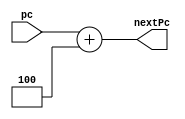
`timescale 1ns / 1ps
//////////////////////////////////////////////////////////////////////////////////
// Company: 
// Engineer: 
// 
// Design Name: 
// Module Name: PcAdder
// Project Name: 
// Target Devices: 
// Tool Versions: 
// Description: 
// 
// Dependencies: 
// 
// Revision:
// Revision 0.01 - File Created
// Additional Comments:
// 
//////////////////////////////////////////////////////////////////////////////////


module PcAdder(
    input [31:0] pc,
    output reg [31:0] nextPc

    );
    initial begin
        nextPc = 100;
    end
    always @(*) begin
        nextPc = pc + 4;
    end
endmodule